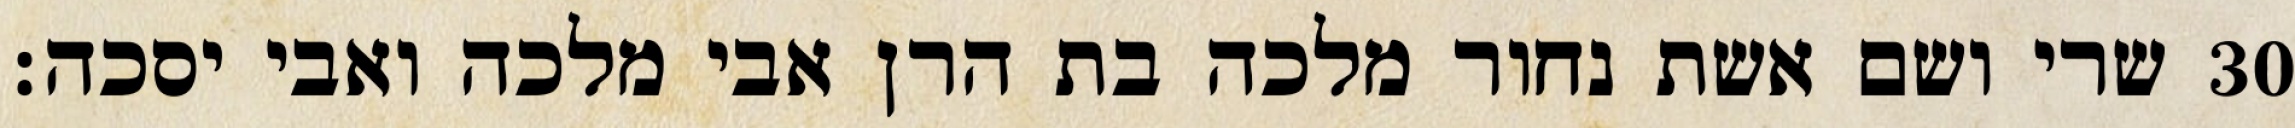
שרי ושם אשת נחור מלכה בת הרן אבי מלכה ואבי יסכה׃ ‎30‏